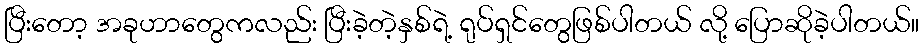
ပြီးတော့ အခုဟာတွေကလည်း ပြီးခဲ့တဲ့နှစ်ရဲ့ ရုပ်ရှင်တွေဖြစ်ပါတယ် လို့ ပြောဆိုခဲ့ပါတယ်။